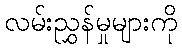
လမ်းညွှန်မှုများကို